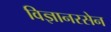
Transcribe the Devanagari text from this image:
विज्ञानरसेन